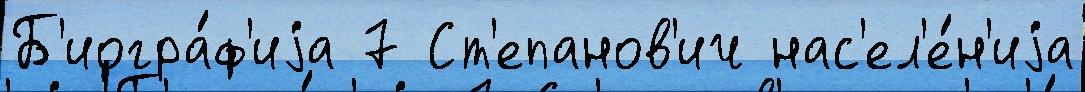
Б'иогра́ф'иjа 7 Ст'епанов'ич нас'ел'е́н'иjа